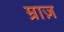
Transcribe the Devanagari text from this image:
म्राज़